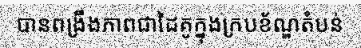
បានពង្រឹងភាពជាដៃគូក្នុងក្របខ័ណ្ឌតំបន់